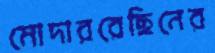
মোদাররেছিনের